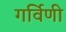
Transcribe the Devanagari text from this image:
गर्विणी